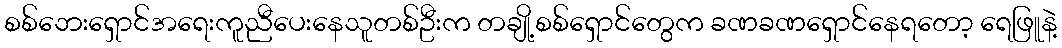
စစ်ဘေးရှောင်အရေးကူညီပေးနေသူတစ်ဦးက တချို့စစ်ရှောင်တွေက ခဏခဏရှောင်နေရတော့ ရေဖြူနဲ့